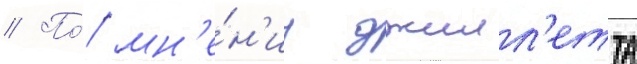
// По́ мн'е́н'иу джилл'етта